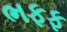
ભફફ